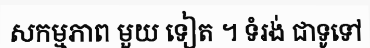
សកម្មភាព មួយ ទៀត ។ ទំរង់ ជាទូទៅ